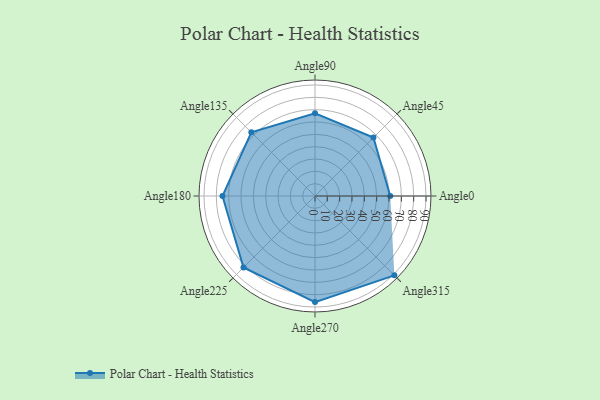
{"axis": {"x": "Angle", "y": "Radius"}, "legend": [""], "data": [{"x": "Angle0", "y": 61.0, "type": ""}, {"x": "Angle45", "y": 67.0, "type": ""}, {"x": "Angle90", "y": 67.0, "type": ""}, {"x": "Angle135", "y": 73.0, "type": ""}, {"x": "Angle180", "y": 75.0, "type": ""}, {"x": "Angle225", "y": 82.0, "type": ""}, {"x": "Angle270", "y": 86.0, "type": ""}, {"x": "Angle315", "y": 91.0, "type": ""}]}